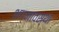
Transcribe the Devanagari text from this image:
भग्‍नावस्‍था